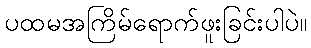
ပထမအကြိမ်ရောက်ဖူးခြင်းပါပဲ။